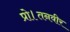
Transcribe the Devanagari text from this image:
प्रो।तनवीर